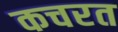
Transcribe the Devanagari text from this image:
कचरत